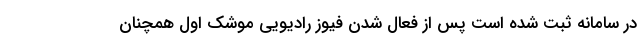
در سامانه ثبت شده است پس از فعال شدن فیوز رادیویی موشک اول همچنان